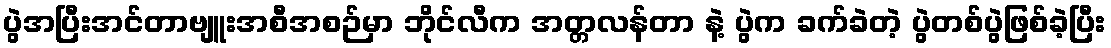
ပွဲအပြီးအင်တာဗျူးအစီအစဉ်မှာ ဘိုင်လီက အတ္တလန်တာ နဲ့ ပွဲက ခက်ခဲတဲ့ ပွဲတစ်ပွဲဖြစ်ခဲ့ပြီး